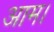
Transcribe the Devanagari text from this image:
आम।